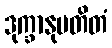
ဒုက္ခာနုပတိတံ